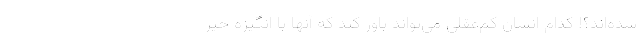
شده‌اند؟! کدام انسان کم‌عقلی می‌تواند باور کند که آنها با انگیزه خیر